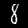
Label: 8